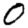
Digit: 0